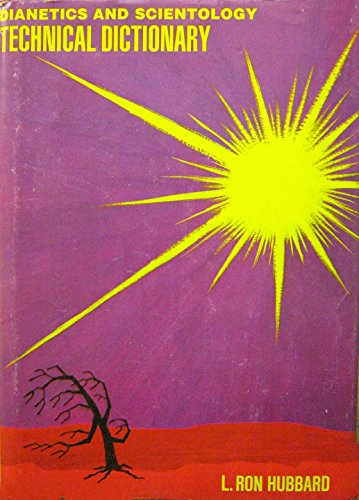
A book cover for Dianetics and Scientology Technical Dictionary; L. Ron Hubbard; Religion & Spirituality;